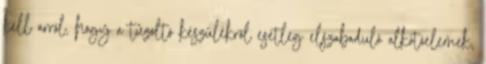
kell arról, hogy a tûzoltó készülékrõl esetleg elszabaduló alkotóelemek,